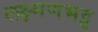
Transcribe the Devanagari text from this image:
लक्ष्मणभट्ट